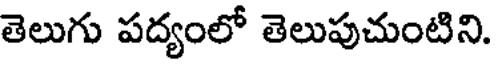
తెలుగు పద్యంలో తెలుపుచుంటిని.